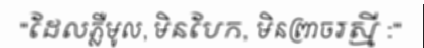
"ដែលភ្លឺមូល, មិនបែក, មិនព្រាចរស្មី :"